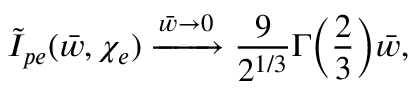
\tilde { I } _ { p e } ( \bar { w } , \chi _ { e } ) \xrightarrow { \bar { w } \to 0 } \frac { 9 } { 2 ^ { 1 / 3 } } \Gamma \biggl ( \frac { 2 } { 3 } \biggr ) \bar { w } ,